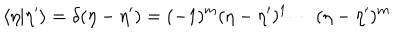
\langle \eta | \eta ^ { \prime } \rangle = \delta ( \eta - \eta ^ { \prime } ) = ( - 1 ) ^ { m } ( \eta - \eta ^ { \prime } ) ^ { 1 } \cdots ( \eta - \eta ^ { \prime } ) ^ { m }